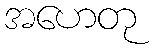
အဟေတု